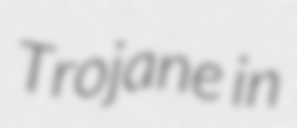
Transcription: Trojane in